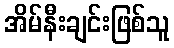
အိမ်နီးချင်းဖြစ်သူ